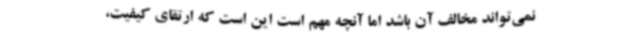
نمی‌تواند مخالف آن باشد اما آنچه مهم است این است که ارتقای کیفیت،